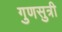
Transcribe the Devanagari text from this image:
गुणसुत्री